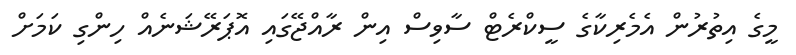
މީގެ އިތުރުން އެމެރިކާގެ ސީކްރެޓް ސާވިސް އިން ރާއްޖޭގައި އޮޕަރޭޝަނެއް ހިންގި ކަމަށް